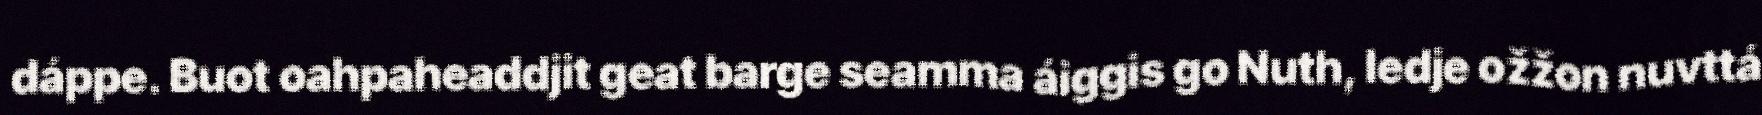
dáppe. Buot oahpaheaddjit geat barge seamma áiggis go Nuth, ledje ožžon nuvttá